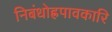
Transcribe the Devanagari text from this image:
निबंधोह्रपावकारि